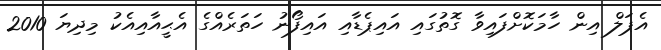
އެޕަލް އިން ހާމަކޮށްފައިވާ ގޮތުގައި އައިޕެޑާއި އައިފޯނު ހަތަރެއްގެ އެޙީއާއިއެކު މިދިޔަ 2010